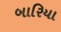
બારિયા